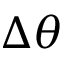
\Delta \theta